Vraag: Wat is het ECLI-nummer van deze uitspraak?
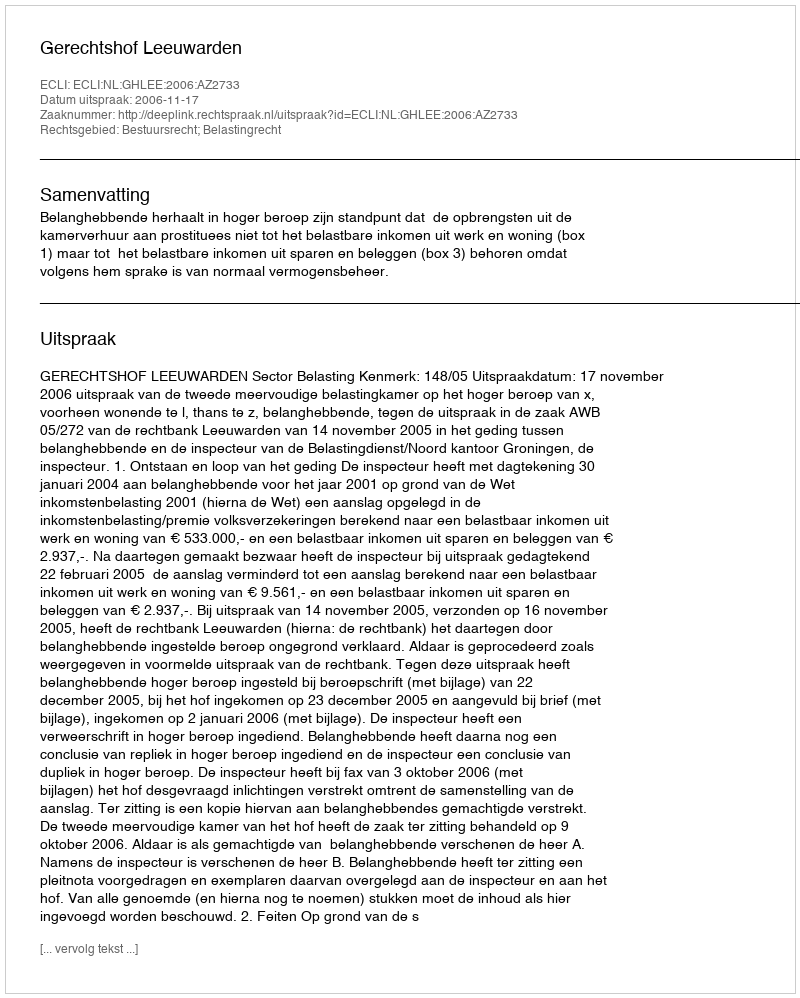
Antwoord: ECLI:NL:GHLEE:2006:AZ2733